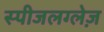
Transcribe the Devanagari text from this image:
स्पीजलग्लेज़